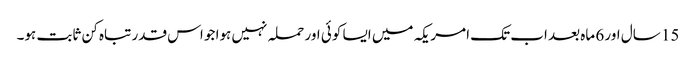
15 سال اور 6 ماہ بعد اب تک امریکہ میں ایسا کوئی اور حملہ نہیں ہوا جو اس قدر تباہ کن ثابت ہو۔